Tartu_Kolgata_baptistikogudus, lk 9
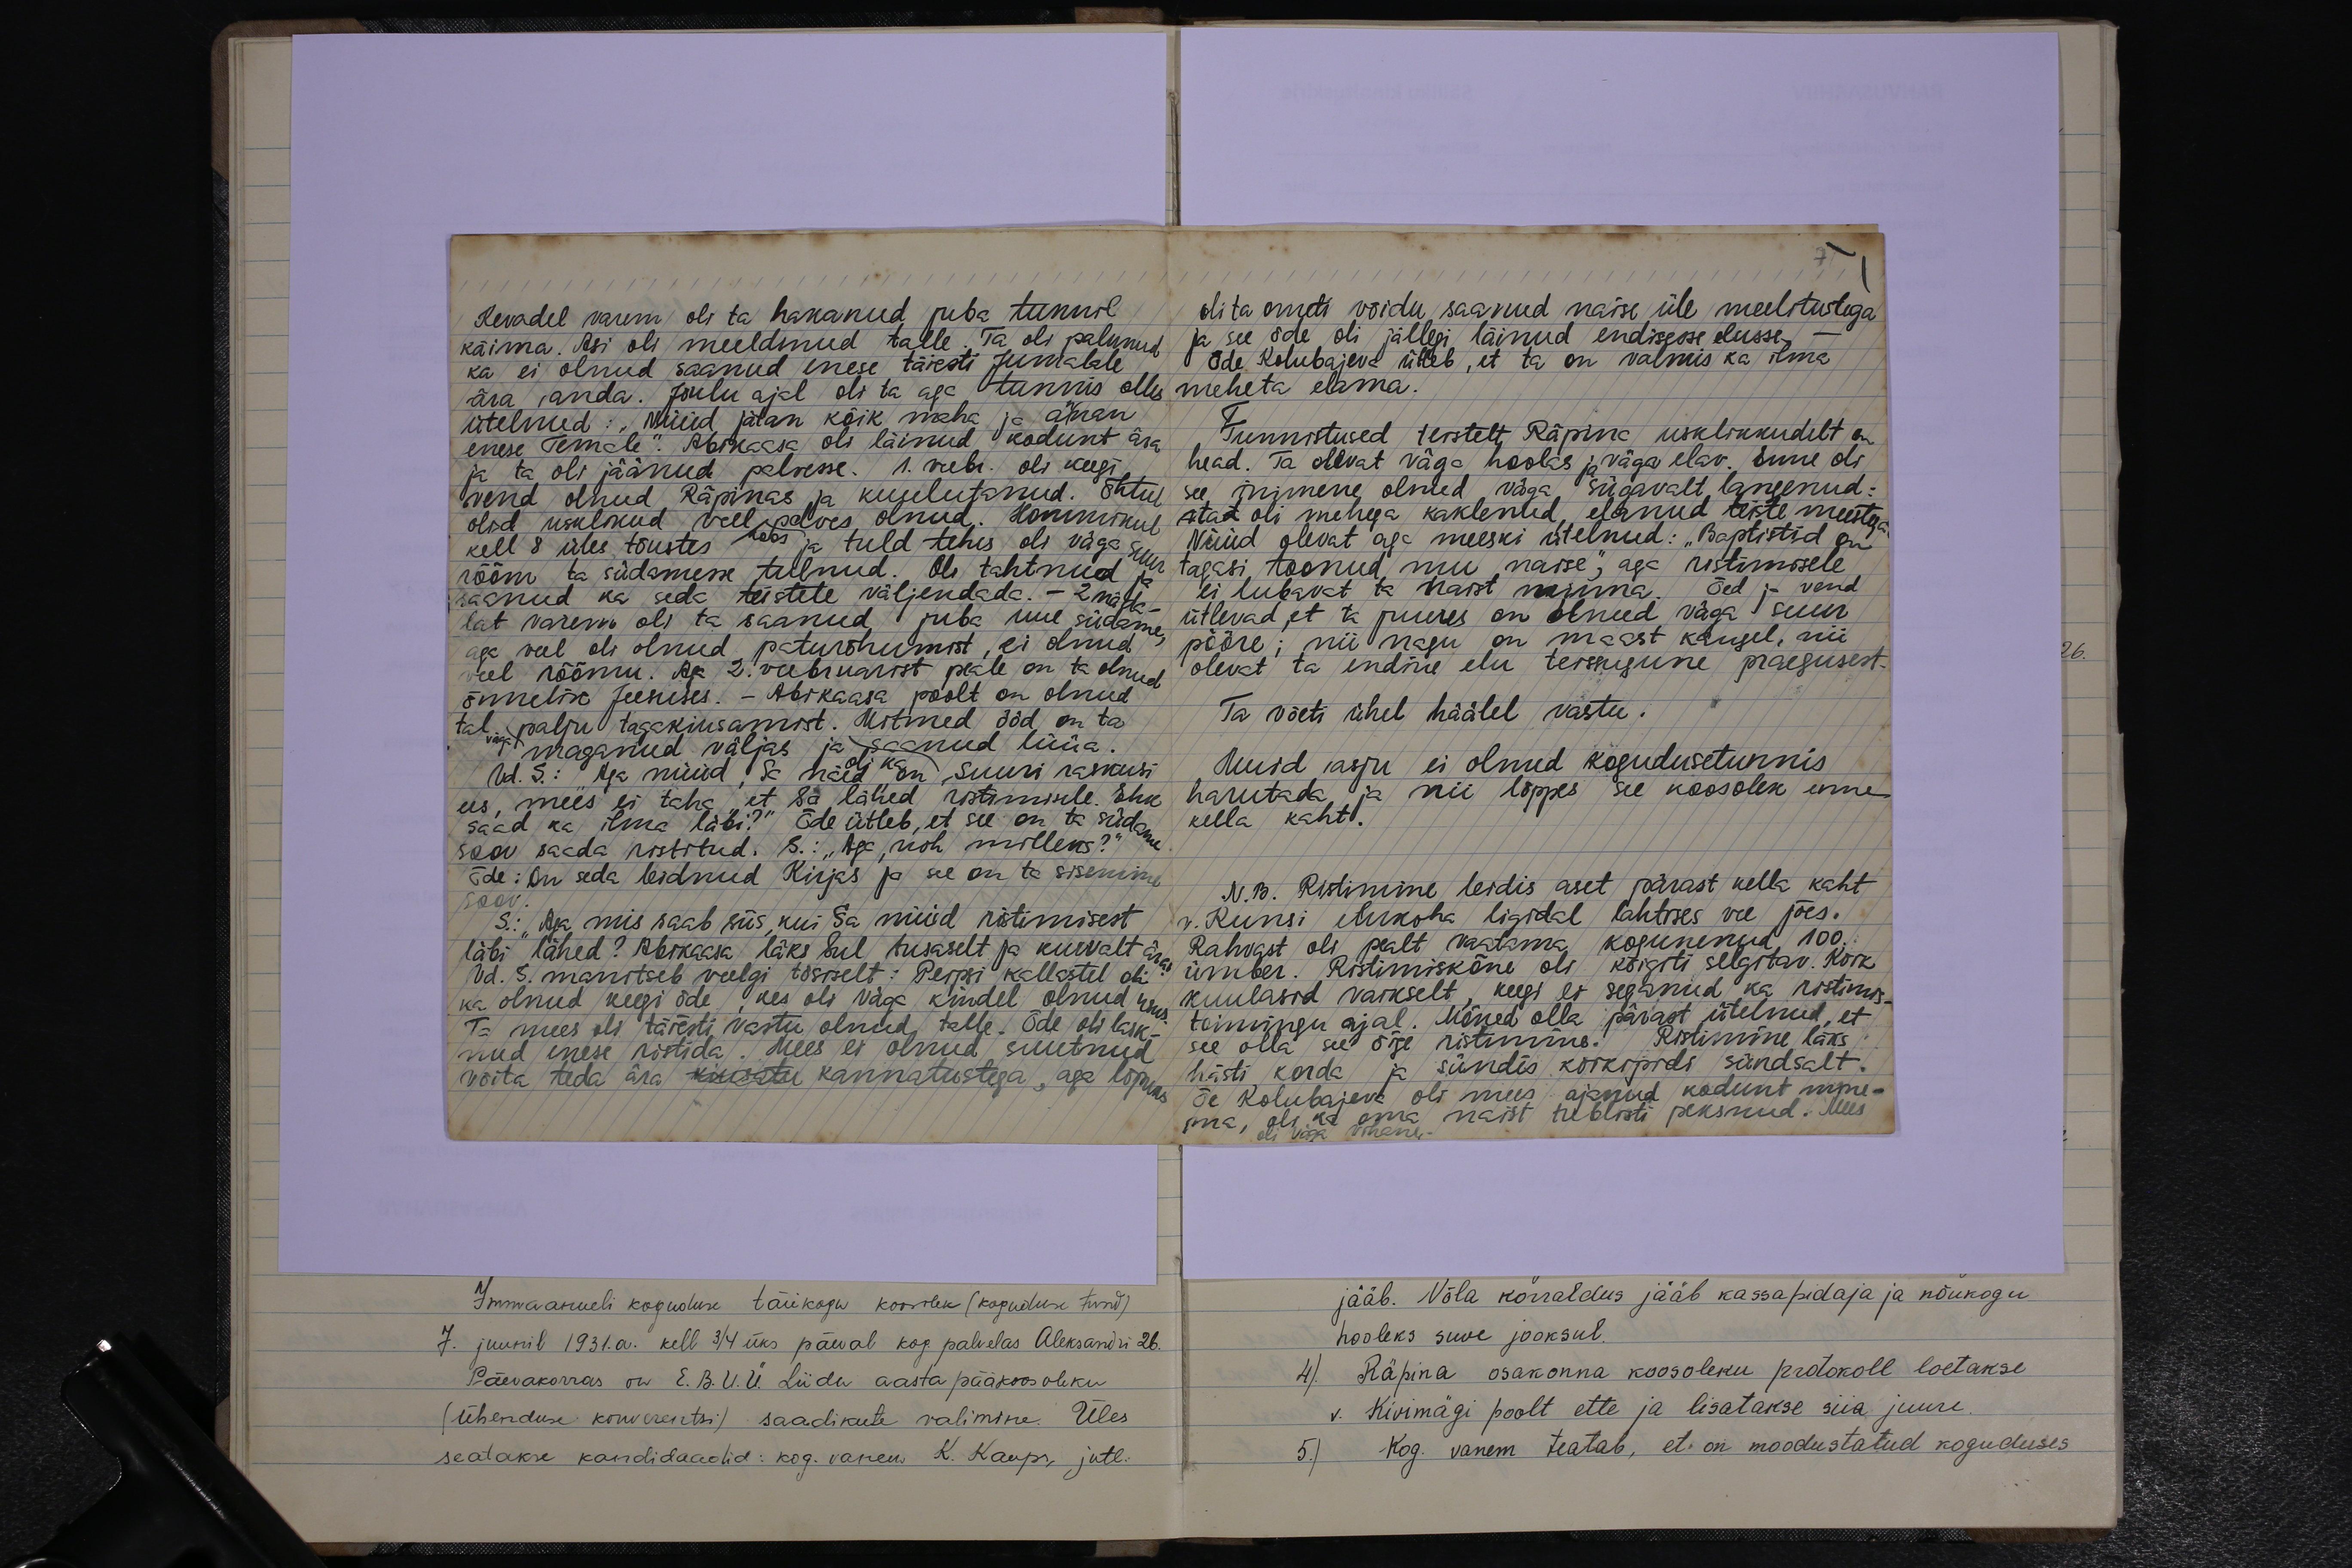
Kevadel varem oli ta hakanud juba tunnil
käima. Asi oli meeldinud talle. Ta oli palunud
ka ei olnud saanud enese täiesti jumalale
ära anda. Jõulu ajal oli ta aga tunnis olles
ütelnud: "Nüüd jätan kõik maha ja annan
enese Temale". Abikaasa oli läinud kodunt ära
ja ta oli jäänud palvesse. 1. veebr. oli keegi
vend olnud Räpinas ja kuulutanud. Õhtul
olid usklikud veel palves olnud. Hommikul
kell 8 üles tõustes koos ja tuld tehes oli väga suur
rõõm ta südamesse tulnud. Oli tahtnud ja
saanud ka seda teistele väljendada. - 2 näda
lat varem oli ta saanud juba uue südame
aga veel oli olnud paturõhumist, ei olnud
veel rõõmu. Aga 2 veebruarist peale on ta olnud
õnnelik Jeesuses. - Abikaasa poolt on olnud
tal palju tagakiusamist. Mitmed ööd on ta
väga maganud väljas ja saanud lüüa
Vd. S.: " Aga nüüd Sa näed oli ka on suuri raskusi
ees, mees ei taha, et sa lähed ristimisele. Ehk
saad ka ilma läbi?" Õde ütleb, et see on ta südame
soov saada ristitud. S: "Aga, noh milleks?"
Õde: On seda leidnud Kirjas ja see on ta sisemine
soov.
S.: Aga mis saab siis, kui Sa nüüd ristimisest
Vd. S. manitseb veelgi tõsiselt: Peipsi kallastel oli
läbi lähed? Abikaasa läks sul tusaselt ja kurvalt ära
ka olnud keegi õde, kes oli väga kindel olnud usus
Ta mees oli täiesti vastu olnud talle. Õde oli lask-
nud enese ristida. Mees ei olnud suutnud
võita teda ära käestu kannatustega, aga lõpuks

oli ta ometi võidu saavuud naise üle meelitutega
ja see õde oli jällegi läinud endisesse elusse-
Õde Kolubajeva ütleb, et ta on valmis ka ilma
meheta elama
I
Tunnistused teistelt Räpina usklikkudelt on
head. Ta olevat väga hoolas ja väga elav. Enne oli
see inimene olnud väga sügavalt langenud:
stad oli mehega kaklenud, elanud teiste meestega
Nüüd olevat aga meeski ütelnud: "Baptistid on
tagasi toonud mu naise", aga ristimisele
ei lubavat ta naist minna. Õed ja vend
ütlevad, et ta juures on olnud väga suur
pööre; nii nagu on maast kaugel, nii
olevat ta endine elu teissugune praegusest.
Ta võeti ühel häälel vastu.
Muid asju ei olnud kogudusetunnis.
harutada ja nii lõppes see koosolek enne
kella kaht.
N.B. Ristimine leidis aset pärast kella kaht
v. Kunsi elukoha ligidal lahtises vee jões.
Rahvast oli pealt vaatama kogunenud 100
ümber. Ristimiskõne oli kõigiti selgitav. Kõik
kuulasid vaikselt, keegi ei seganud ka ristmis-
toimingu ajal. Mõned olla pärast ütelnud, et
see olla see õige ristimine. Ristimine läks
hästi korda ja sündis kõikepidi sündsalt.
Õe Kolubajeva oli mees ajanud kodunt mine-
ma, oli ka oma naist tublisti peksnud. Mees
oli väga vihane.